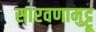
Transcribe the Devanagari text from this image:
सारवणामुट्टू